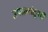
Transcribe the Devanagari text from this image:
उपक्रमांतूनही